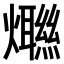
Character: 𤑿